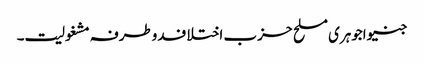
جنیواجوہری مسلح حزب اختلافدوطرفہ مشغولیت۔